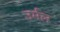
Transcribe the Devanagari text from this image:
उर्मल